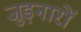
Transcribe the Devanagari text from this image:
जुड़नारों